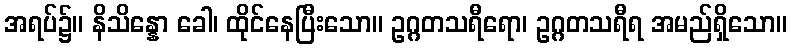
အရပ်၌။ နိသိန္နော ခေါ၊ ထိုင်နေပြီးသော။ ဥဂ္ဂတသရီရော၊ ဥဂ္ဂတသရီရ အမည်ရှိသော။